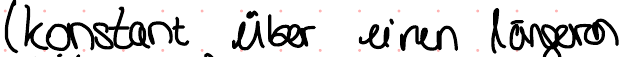
( konstant über einen längeren